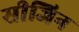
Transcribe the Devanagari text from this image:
सीजिन